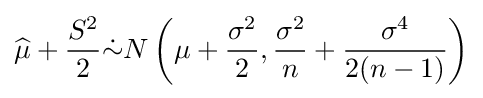
{\widehat {\mu }}+{\frac {S^{2}}{2}}{\dot {\sim }}N\left(\mu +{\frac {\sigma ^{2}}{2}},{\frac {\sigma ^{2}}{n}}+{\frac {\sigma ^{4}}{2(n-1)}}\right)